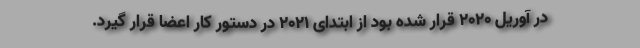
در آوریل ۲۰۲۰ قرار شده بود از ابتدای ۲۰۲۱ در دستور کار اعضا قرار گیرد.